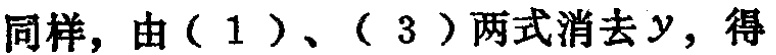
同样，由（1）、（3）两式消去\(y\)，得